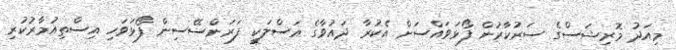
މިއަދު މޮރިޝަސްގެ ސަރުކާރުން ފޯޅަވައްސަށް އެކުރާ ދައުވާގެ އަސްލަކީ ފަރަންސޭސިން ފޯޅަވަހި އިސްތިއުމާރުކުރި